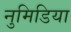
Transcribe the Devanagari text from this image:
नुमिडिया